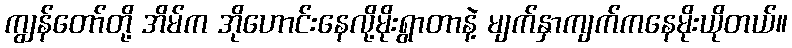
ကျွန်တော်တို့ အိမ်က အိုဟောင်းနေလို့မိုးရွာတာနဲ့ မျက်နှာကျက်ကနေမိုးယိုတယ်။